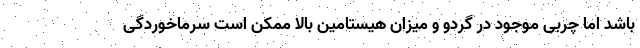
باشد اما چربی موجود در گردو و میزان هیستامین بالا ممکن است سرماخوردگی